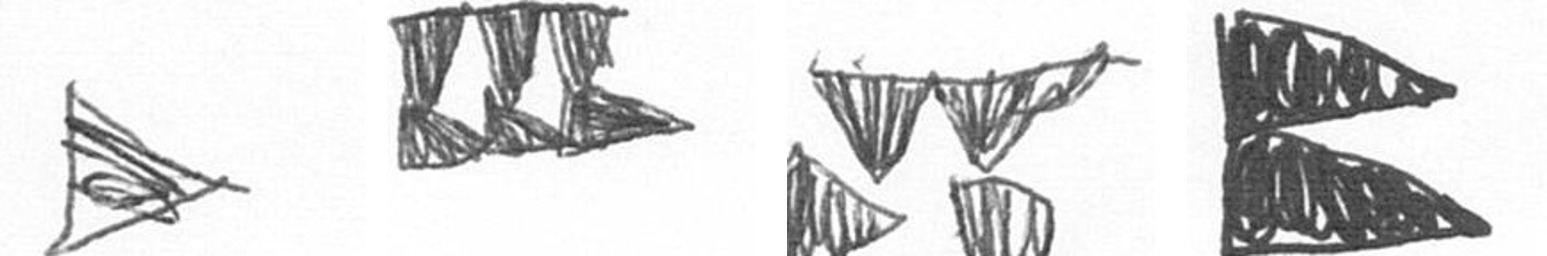
T D B P